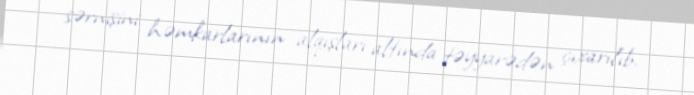
sərnişini həmkarlarının alqışları altında təyyarədən çıxarılıb.